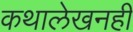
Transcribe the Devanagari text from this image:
कथालेखनही